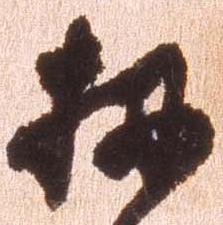
扨